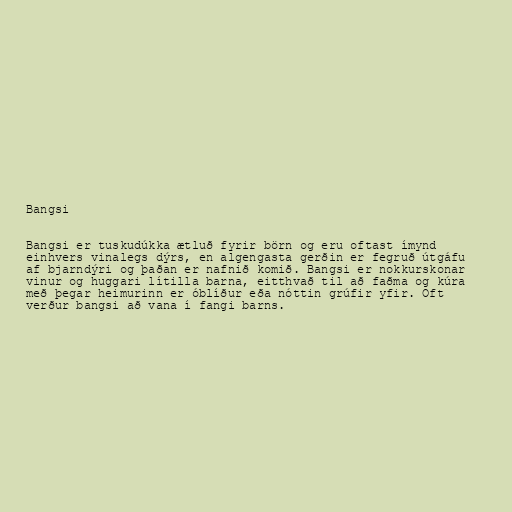
Bangsi

Bangsi er tuskudúkka ætluð fyrir börn og eru oftast ímynd
einhvers vinalegs dýrs, en algengasta gerðin er fegruð útgáfu
af bjarndýri og þaðan er nafnið komið. Bangsi er nokkurskonar
vinur og huggari lítilla barna, eitthvað til að faðma og kúra
með þegar heimurinn er óblíður eða nóttin grúfir yfir. Oft
verður bangsi að vana í fangi barns.